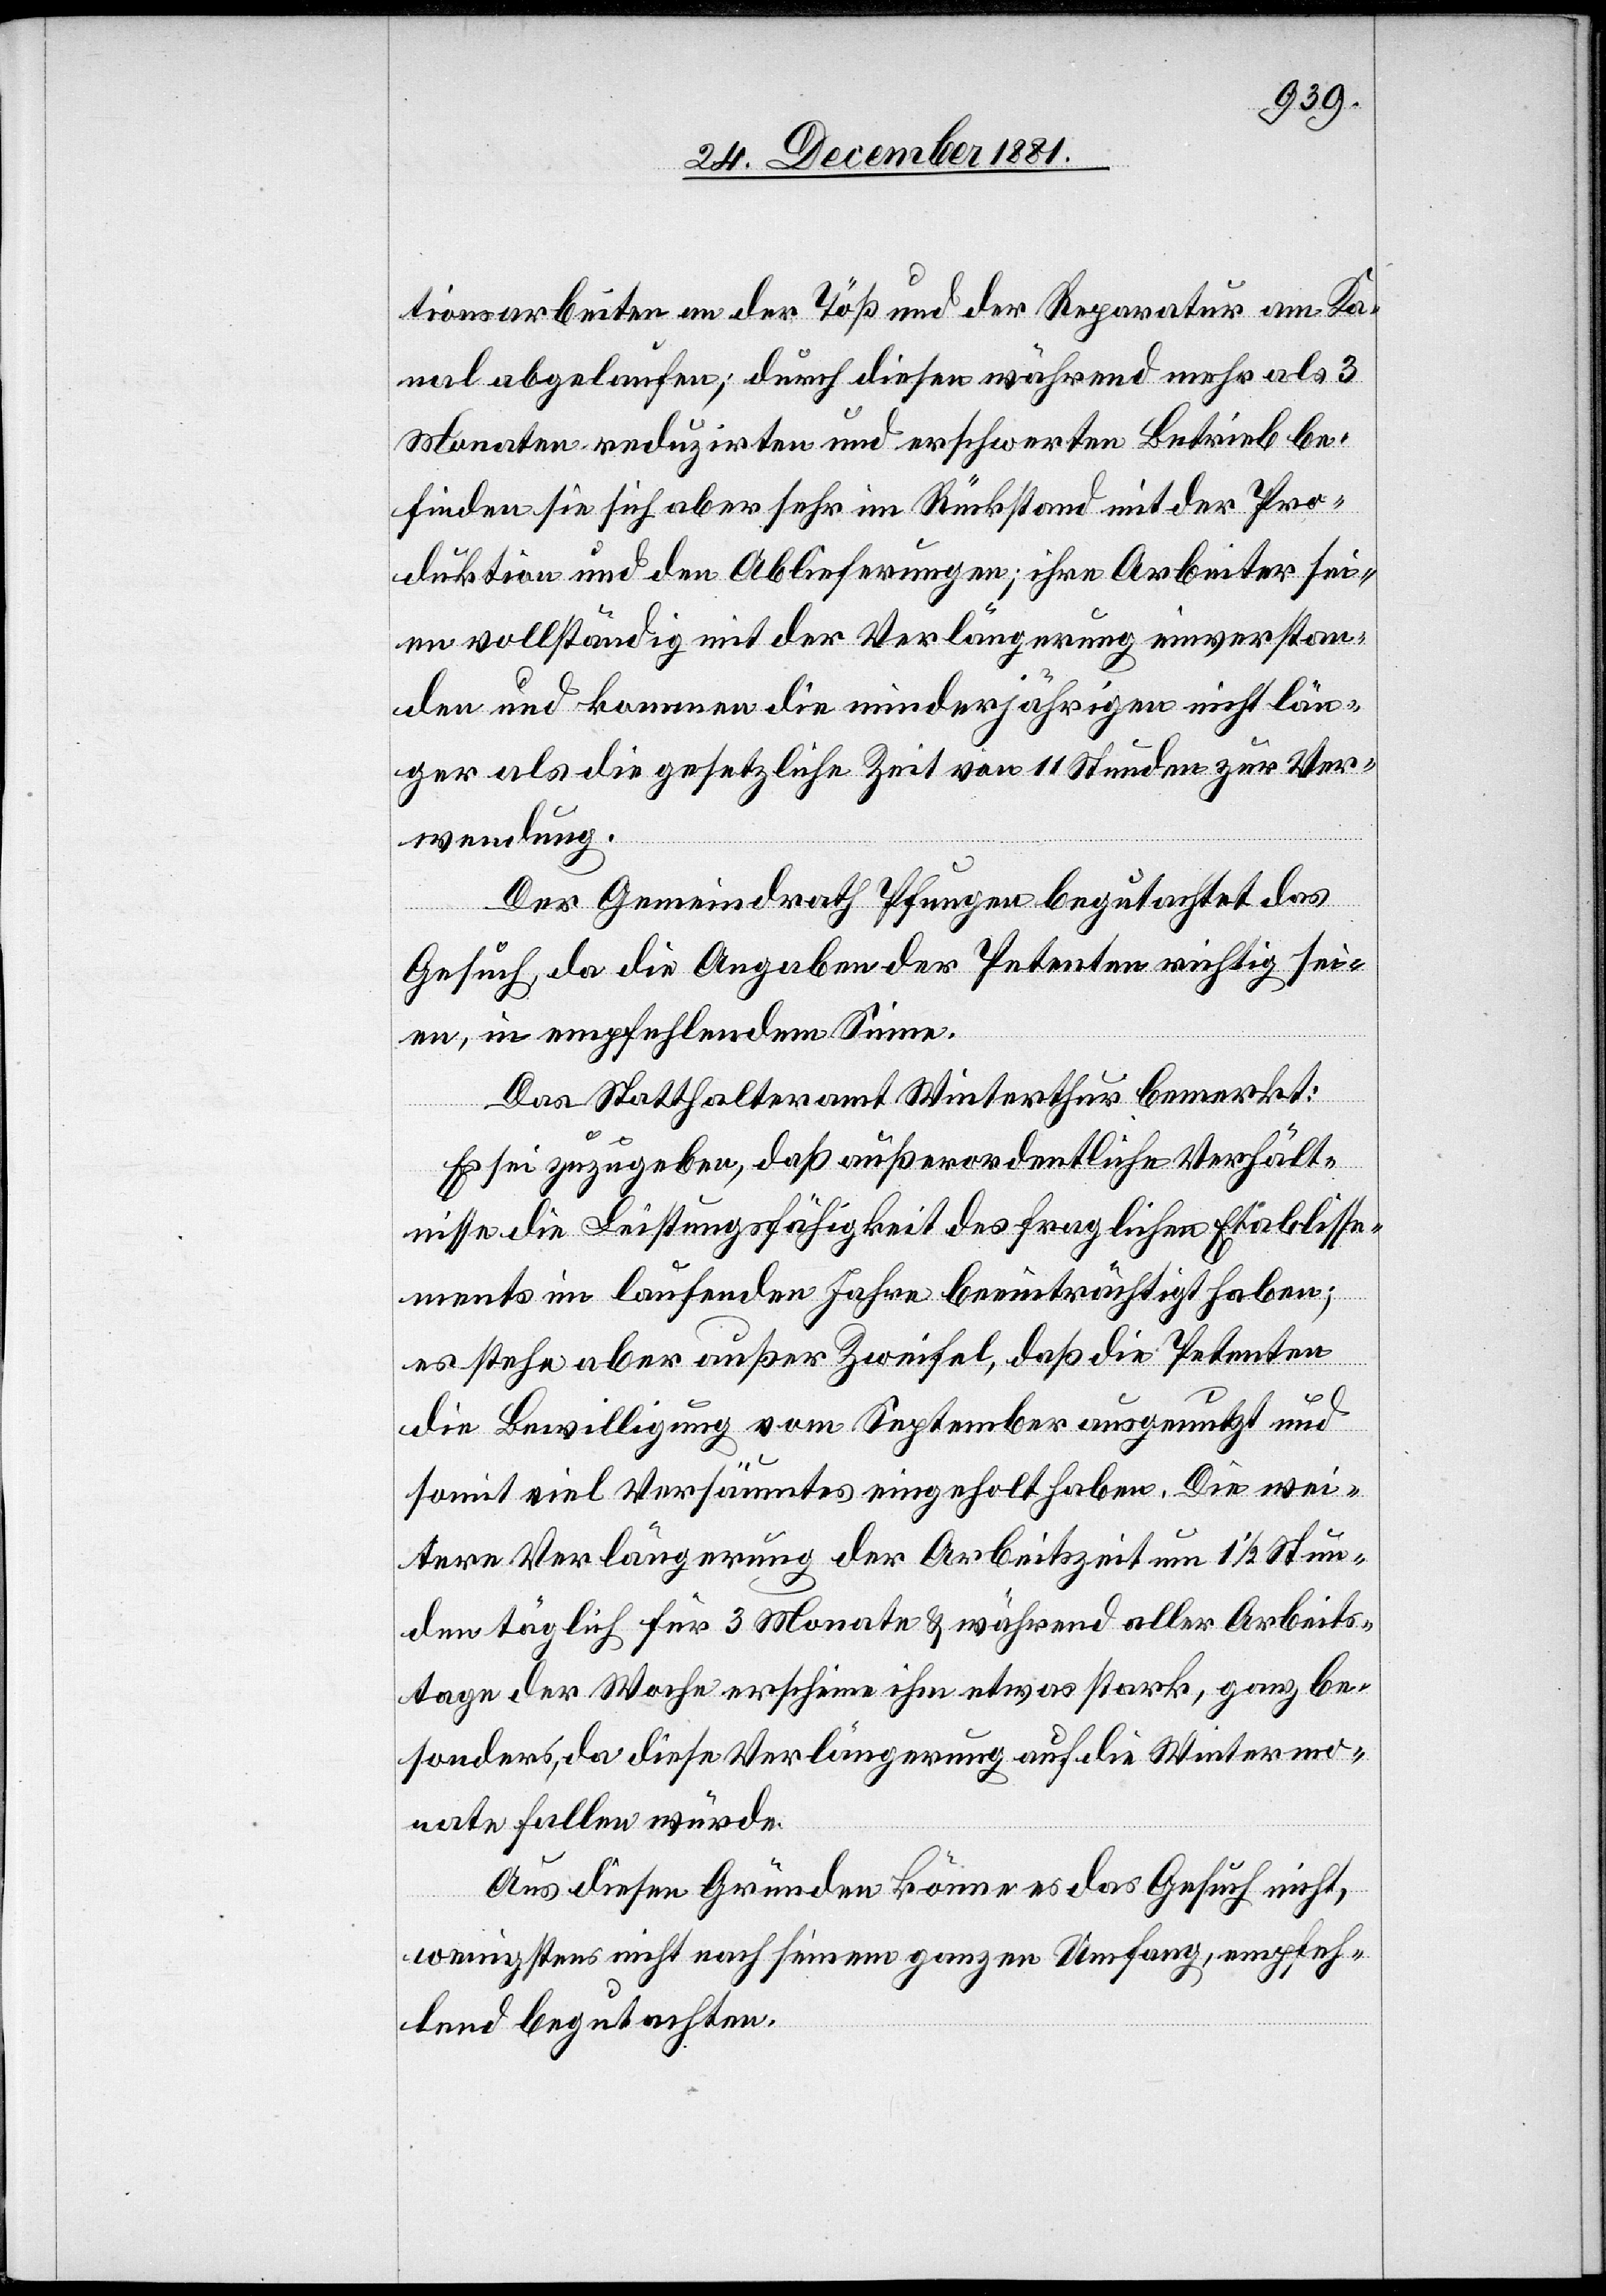
tionsarbeiten an der Töß und der Reparatur am Ka¬
nal abgelaufen; durch diesen während mehr als 3
Monaten reduzirten und erschwerten Betrieb be¬
finden sie sich aber sehr im Rückstand mit der Pro¬
duktion und den Ablieferungen; ihre Arbeiter sei¬
en vollständig mit der Verlängerung einverstan¬
den und kommen die minderjährigen nicht län¬
ger als die gesetzliche Zeit von 11 Stunden zur Ver¬
wendung.
Der Gemeindrath Pfungen begutachtet das
Gesuch, da die Angaben der Petenten richtig sei¬
en, in empfehlendem Sinne.
Das Statthalteramt Winterthur bemerkt:
Es sei zugegeben, daß außerordentliche Verhält¬
nisse die Leistungsfähigkeit des fraglichen Etablisse¬
ments im laufenden Jahre beeinträchtigt haben;
es stehe aber außer Zweifel, daß die Petenten
empfeh¬
die Bewilligung vom September ausgenutzt und
somit viel Versäumtes eingeholt haben. Die wei¬
tere Verlängerung der Arbeitszeit um 1 1/2 Stun¬
den täglich für 3 Monate & während aller Arbeits¬
tage der Woche erscheine ihm etwas stark, ganz be¬
sonders, da diese Verlängerung auf die Wintermo¬
nate fallen würde.
Aus diesen Gründen könne es das Gesuch nicht,
lend begutachten.